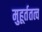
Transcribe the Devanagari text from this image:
मुहूर्ततत्व